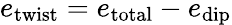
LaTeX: e_{\mathrm{twist}}=e_{\mathrm{total}}-e_{\mathrm{dip}}